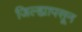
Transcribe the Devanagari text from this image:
जिल्ह्यापसून